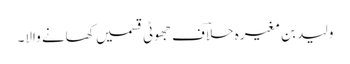
ولید بن مغیرہ حلاؔف جھوٹی قسمیں کھانے والا۔